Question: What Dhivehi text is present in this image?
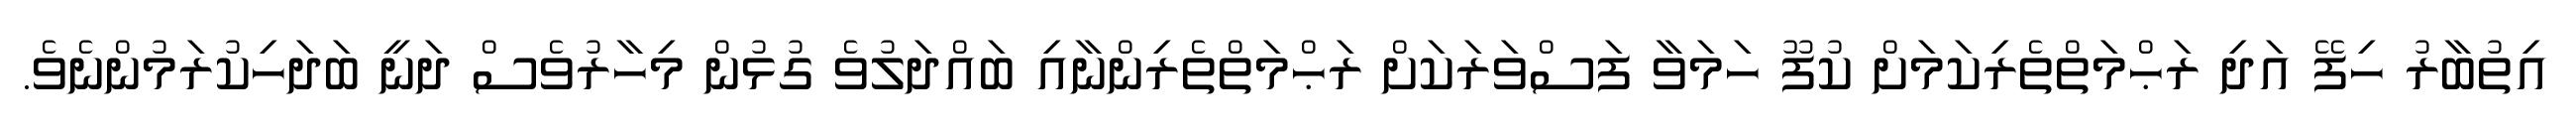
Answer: އިތުބާރު ހިފޭ އަދި ރަޙްމަތްތެރިކަމަށް ކުފޫ ހަމަވާ ފަސްވަރަކަށް ރަޙްމަތްތެރިންނާއި ބައްދަލުވެ ގުޅުން މިހާރުވެސް ދަނީ ބަދަހިކުރަމުންނެވެ.